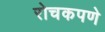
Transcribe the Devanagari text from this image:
रोचकपणे